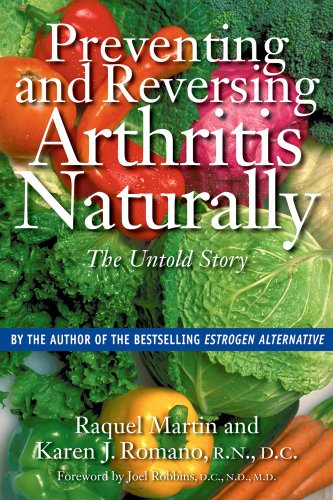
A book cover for Preventing and Reversing Arthritis Naturally: The Untold Story; Raquel Martin; Health, Fitness & Dieting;